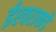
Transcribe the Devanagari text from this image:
ईश्‍वराकडे